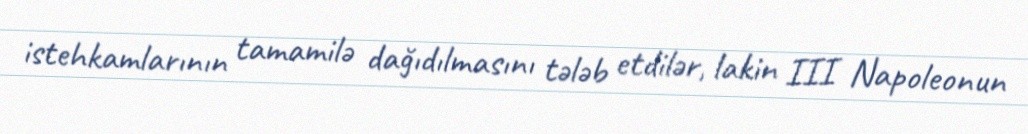
istehkamlarının tamamilə dağıdılmasını tələb etdilər, lakin III Napoleonun